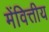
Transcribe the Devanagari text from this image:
मेंवित्तीय